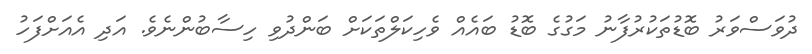
ދުވަސްވަރު ބޮޑުތަކުރުފާނު މަގުގެ ބޮޑު ބައެއް ވެހިކަލްތަކަށް ބަންދުވި ހިސާބުންނެވެ. އަދި އެއަށްފަހު